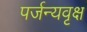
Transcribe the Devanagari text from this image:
पर्जन्यवृक्ष